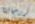
زوجاتنا